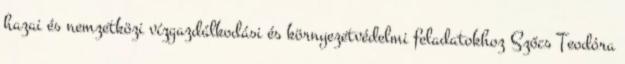
hazai és nemzetközi vízgazdálkodási és környezetvédelmi feladatokhoz Szőcs Teodóra